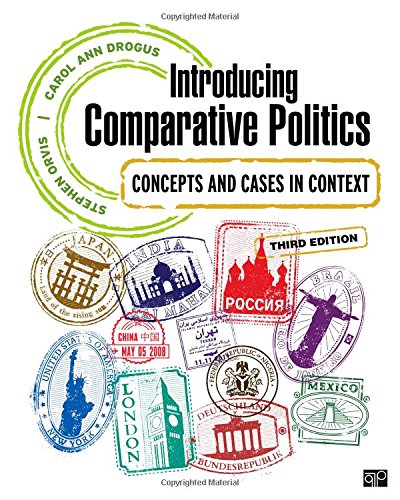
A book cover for Introducing Comparative Politics; Concepts and Cases in Context; Law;